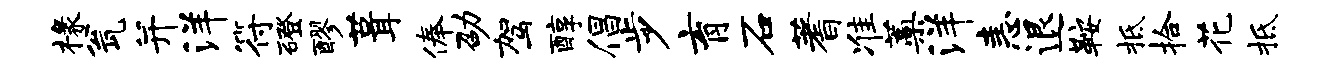
椽瓮并洋符磴醪葺俸劭驾醇倡步育石蓍准蒿洋恚退鞍柢拾花柢